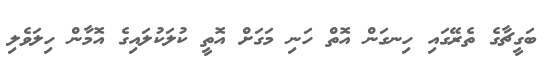
ބަގީޗާގެ ތެރޭގައި ހިނގަން އޮތް ހަނި މަގަށް އޮތީ ކުލަކުލައިގެ އޮމާން ހިލަވެލި